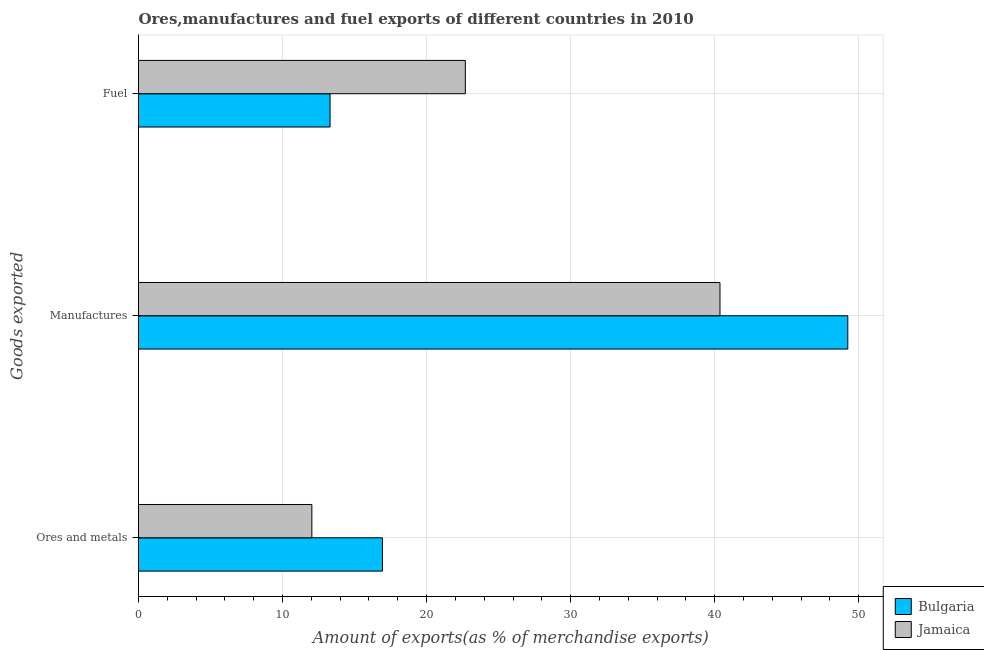
| Goods exported | Bulgaria | Jamaica |
 | --- | --- | --- |
 | Ores and metals | 16.9 | 12 |
 | Manufactures | 49.2 | 40.4 |
 | Fuel | 13.3 | 22.7 |